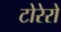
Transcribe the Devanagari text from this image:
टोरेरो